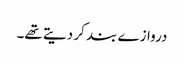
دروازے بند کر دیتے تھے۔